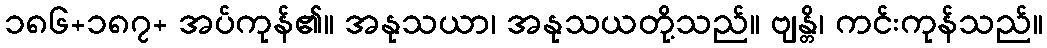
၁၈၆+၁၈၇+ အပ်ကုန်၏။ အနုသယာ၊ အနုသယတို့သည်။ ဗျန္တိ၊ ကင်းကုန်သည်။